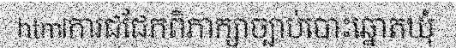
htmlការជជែកពិភាក្សាច្បាប់បោះឆ្នោតឃុំ